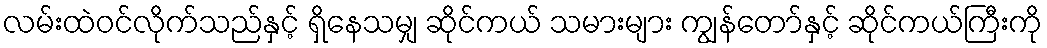
လမ်းထဲဝင်လိုက်သည်နှင့် ရှိနေသမျှ ဆိုင်ကယ် သမားများ ကျွန်တော်နှင့် ဆိုင်ကယ်ကြီးကို